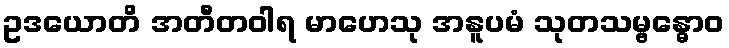
ဥဒယောတိ အတီတဝါရ မာဟေသု အနူပမံ သုတသမ္ဗန္ဓောဝ